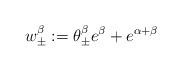
LaTeX: \begin{align*}w_\pm^\beta:= \theta^\beta_\pm e^\beta + e^{\alpha + \beta}\end{align*}